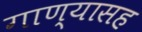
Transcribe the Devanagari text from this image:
गाण्यासह